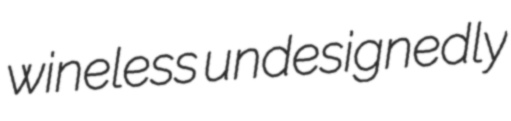
wineless undesignedly